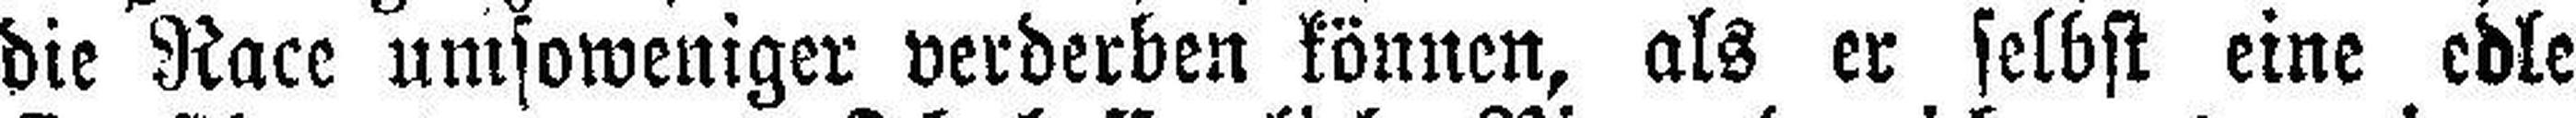
die Race umsoweniger verderben können, als er selbst eine edle